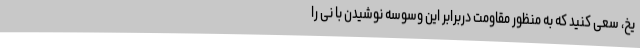
یخ، سعی کنید که به منظور مقاومت دربرابر این وسوسه نوشیدن با نی را